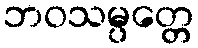
ဘဝသမ္ပတ္တေ